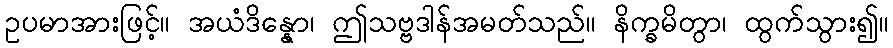
ဥပမာအားဖြင့်။ အယံဒိန္နော၊ ဤသဗ္ဗဒါန်အမတ်သည်။ နိက္ခမိတွာ၊ ထွက်သွား၍။